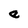
Character: e